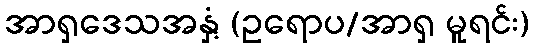
အာရှဒေသအနှံ့ (ဥရောပ/အာရှ မူရင်း)